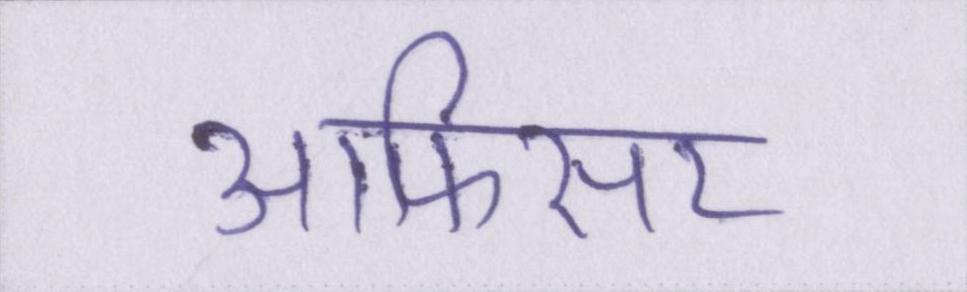
आफिसर